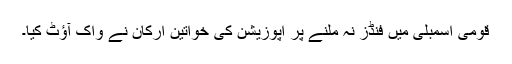
قومی اسمبلی میں فنڈز نہ ملنے پر اپوزیشن کی خواتین ارکان نے واک آؤٹ کیا۔